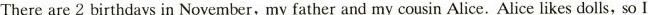
There are 2 birthdays in November,my father and my cousin Alice. Alice likes dolls, so I